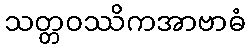
သတ္တဝဿိကအာဗာဓံ